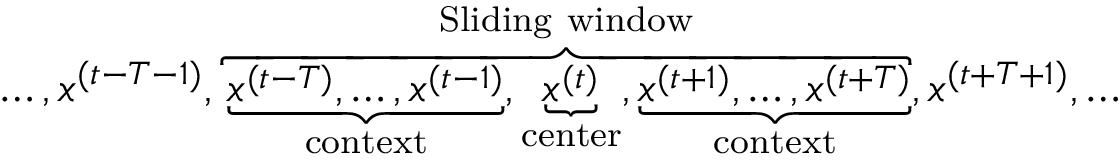
\begin{array} { r } { \ldots , x ^ { ( t - T - 1 ) } , \overbrace { \underbrace { x ^ { ( t - T ) } , \ldots , x ^ { ( t - 1 ) } } _ { \mathrm { c o n t e x t } } , \underbrace { x ^ { ( t ) } } _ { \mathrm { c e n t e r } } , \underbrace { x ^ { ( t + 1 ) } , \ldots , x ^ { ( t + T ) } } _ { \mathrm { c o n t e x t } } } ^ { \mathrm { S l i d i n g ~ w i n d o w } } , x ^ { ( t + T + 1 ) } , \ldots } \end{array}